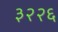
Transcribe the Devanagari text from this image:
३२२६